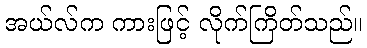
အယ်လ်က ကားဖြင့် လိုက်ကြိတ်သည်။